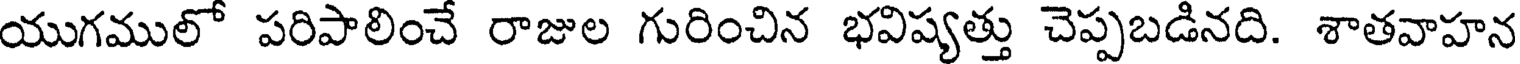
యుగములో పరిపాలించే రాజుల గురించిన భవిష్యత్తు చెప్పబడినది. శాతవాహన